Report on the bubonic plague in Bombay, 1896-1897
Year: 1896
Disease focus: Plague
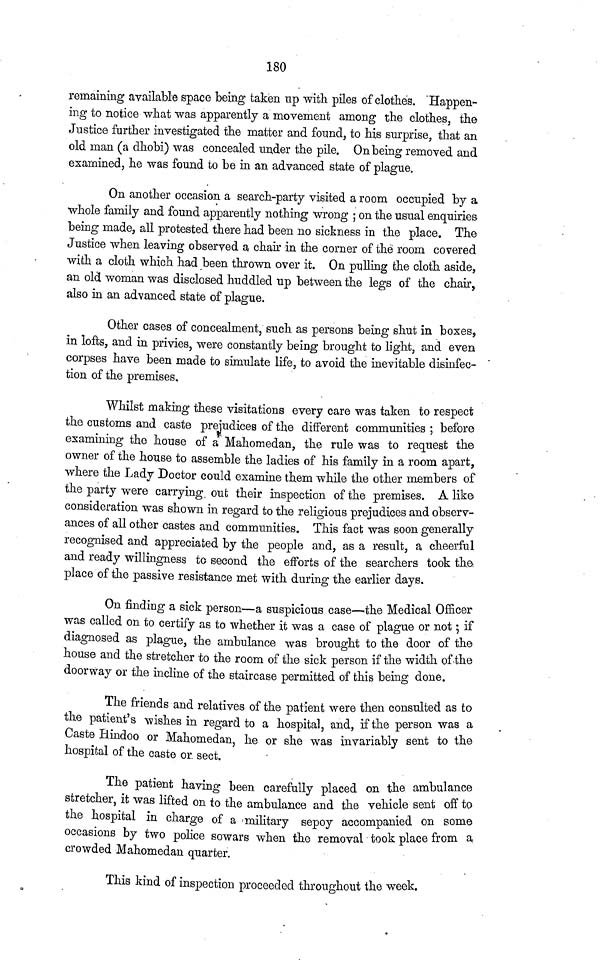
180
remaining available space being taken up with piles of clothes. "Happen
ing to notice what was apparently a movement among the clothes, the
Justice farther investigated the matter and found, to his surprise, that an
old man (a dhobi) was concealed under the pile. On being removed and
examined, he was found to be in an advanced state of plague.
On another occasion a search-party visited a room occupied by a
whole family and found apparently nothing wrong ; on the usual enquiries
being made, all protested there had been no sickness in the place. The
Justice when leaving observed a chair in the corner of the room covered
with a cloth which had been thrown over it. On pulling the cloth aside,
an old woman was disclosed huddled up between the legs of the chair,
also in an advanced state of plague.
Other cases of concealment, such as persons being shut in boxes,
in lofts, and in privies, were constantly being brought to light, and even
corpses have been made to simulate life, to avoid the inevitable disinfec-
tion of the premises.
Whilst making these visitations every care was taken to respect
the customs and caste prejudices of the diiferent communities ; before
examining the house of a Mahomedan, the rule was to request the
owner of the house to assemble the ladies of his family in a room apart,
where the Lady Doctor could examine them while the other members of
the party were carrying, out their inspection of the premises. A like
consideration was shown in regard to the religious prejudices and observ-
ances of all other castes and communities. This fact was soon generally
recognised and appreciated by the people and, as a result, a cheerful
and ready willingness to second the efforts of the searchers took the
place of the passive resistance met with during the earlier days.
On finding a sick person—a suspicious case—the Medical Officer
was called on to certify as to whether it was a case of plague or not ; if
diagnosed as plague, the ambulance was brought to the door of the
house and the stretcher to the room of the sick person if the width of the
doorway or the incline of the staircase permitted of this being done.
The friends and relatives of the patient were then consulted as to
the patient's wishes in regard to a hospital, and, if the person was a
Caste Hindoo or Mahomedan, he or she was invariably sent to the
hospital of the caste or. sect.
The patient having been carefully placed on the ambulance
stretcher, it was lifted on to the ambulance and the vehicle sent off to
the hospital in charge of a military sepoy accompanied on some
occasions by two police sowars when the removal took place from a
crowded Mahomedan quarter.
This kind of inspection proceeded throughout the week.